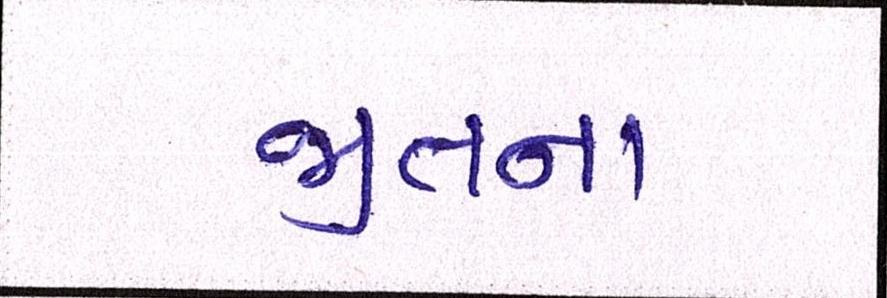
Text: જીતના